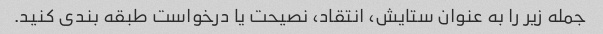
جمله زیر را به عنوان ستایش، انتقاد، نصیحت یا درخواست طبقه بندی کنید.